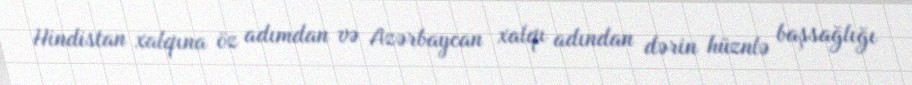
Hindistan xalqına öz adımdan və Azərbaycan xalqı adından dərin hüznlə başsağlığı